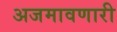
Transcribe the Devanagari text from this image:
अजमावणारी